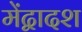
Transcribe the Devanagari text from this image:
मेंद्वादश